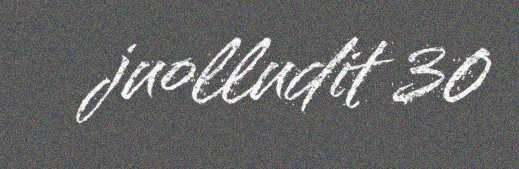
juolludit 30